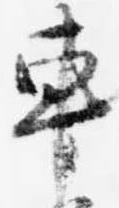
車